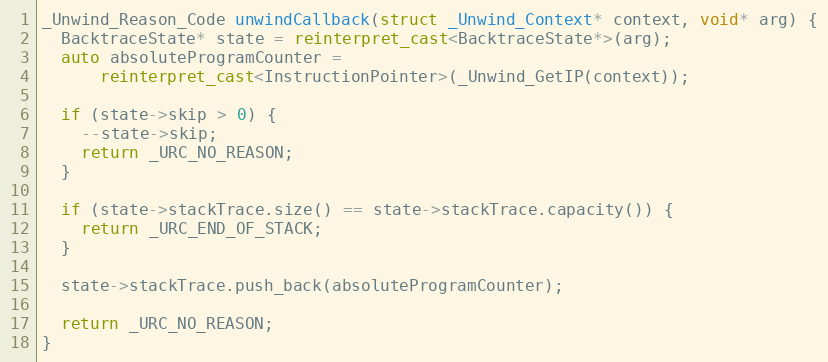
Language: C++
_Unwind_Reason_Code unwindCallback(struct _Unwind_Context* context, void* arg) {
  BacktraceState* state = reinterpret_cast<BacktraceState*>(arg);
  auto absoluteProgramCounter =
      reinterpret_cast<InstructionPointer>(_Unwind_GetIP(context));

  if (state->skip > 0) {
    --state->skip;
    return _URC_NO_REASON;
  }

  if (state->stackTrace.size() == state->stackTrace.capacity()) {
    return _URC_END_OF_STACK;
  }

  state->stackTrace.push_back(absoluteProgramCounter);

  return _URC_NO_REASON;
}